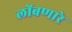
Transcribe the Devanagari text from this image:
लोंबणारे